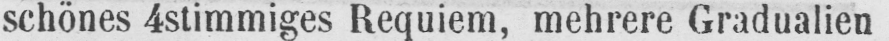
schönes 4stimmiges Requiem, mehrere Gradualien